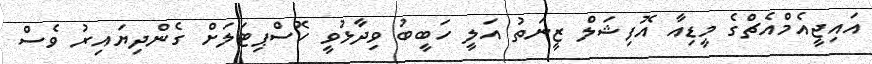
އައިޖީއެމްއެޗްގެ މީޑިއާ އޮފިޝަލް ޒީނަތު އަލީ ހަބީބު ވިދާޅުވީ ހޮސްޕިޓަލަށް ގެންދިޔައިރު ވެސް